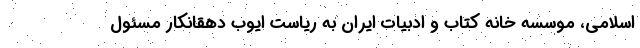
اسلامی، موسسه خانه کتاب و ادبیات ایران به ریاست ایوب دهقانکار مسئول